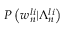
P \left( w _ { n } ^ { l i } | \Lambda _ { n } ^ { l i } \right)